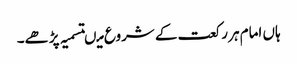
ہاں امام ہر رکعت کے شروع میںتسمیہ پڑھے۔